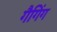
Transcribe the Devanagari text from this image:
गैगिंग